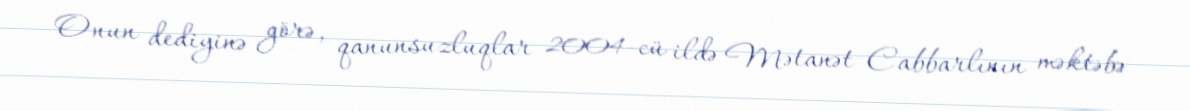
Onun dediyinə görə, qanunsuzluqlar 2004-cü ildə Mətanət Cabbarlının məktəbə